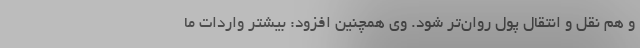
و هم نقل و انتقال پول روان‌تر شود. وی همچنین افزود: بیشتر واردات ما